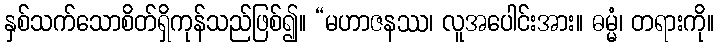
နှစ်သက်သောစိတ်ရှိကုန်သည်ဖြစ်၍။ “မဟာဇနဿ၊ လူအပေါင်းအား။ ဓမ္မံ၊ တရားကို။